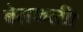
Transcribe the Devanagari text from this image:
बेलकली।